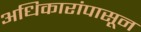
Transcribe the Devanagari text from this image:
अधिकारांपासून